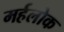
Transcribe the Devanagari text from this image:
मर्हलोक